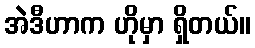
အဲဒီဟာက ဟိုမှာ ရှိတယ်။